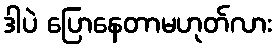
ဒါပဲ ပြောနေတာမဟုတ်လား